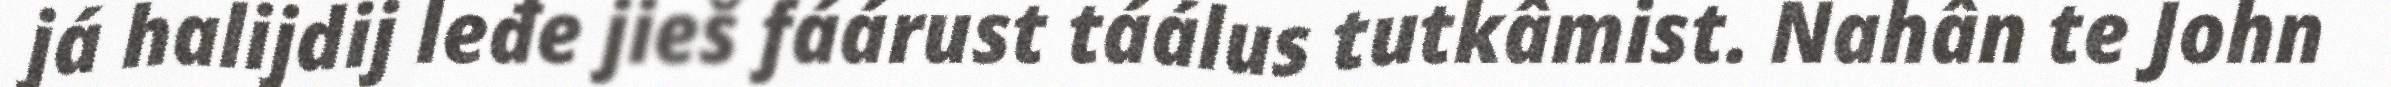
já halijdij leđe jieš fáárust táálus tutkâmist. Nahân te John